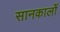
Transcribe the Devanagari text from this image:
सानकार्लो